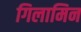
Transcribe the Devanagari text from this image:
गिलामिन